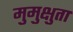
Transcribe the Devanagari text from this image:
मुमुक्षुता